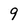
Character: 9